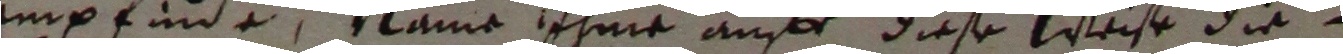
empfinde, name ihme auff diese weise die